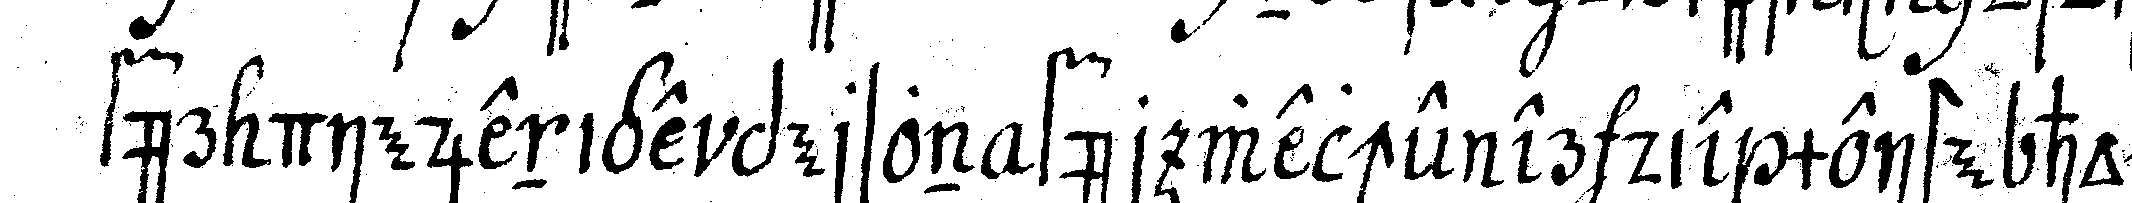
für diejenige person fürd welche er die meiste hoch